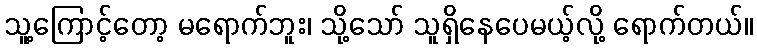
သူ့ကြောင့်တော့ မရောက်ဘူး၊ သို့သော် သူရှိနေပေမယ့်လို့ ရောက်တယ်။